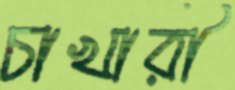
চাখারী